Indian journal of veterinary science and animal husbandry - Volumes 15-17, 1948-1951
Year: 1948
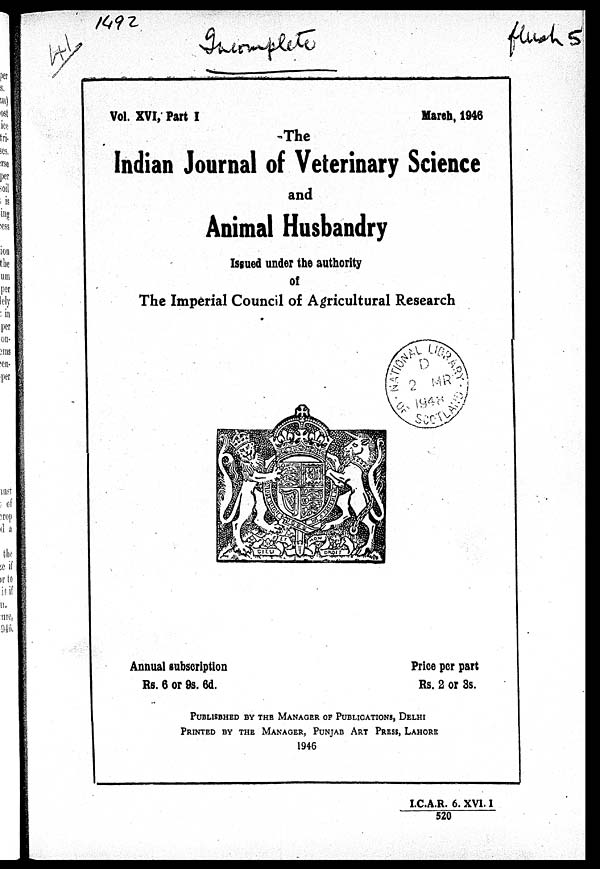
Vol. XVI, Part I
March, 1946
The
Indian Journal of Veterinary Science
and
Animal Husbandry
Issued under the authority
of
The Imperial Council of Agricultural Research
Annual subscription
Rs. 6 or 9s. 6d.
Price per part
Rs. 2 or 3s.
PUBLISHED BY THE MANAGER OF PUBLICATIONS, DELHI
PRINTED BY THE MANAGER, PUNJAB ART PRESS, LAHORE
1946
I.C.A.R. 6. XVI. I
520